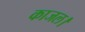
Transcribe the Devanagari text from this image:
काजल।